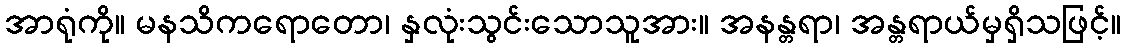
အာရုံကို။ မနသိကရောတော၊ နှလုံးသွင်းသောသူအား။ အနန္တရာ၊ အန္တရာယ်မှရှိသဖြင့်။